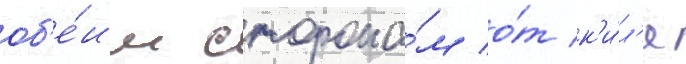
об'е́им сторона́м о́т к'и́л'я